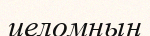
целомның